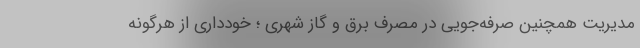
مدیریت همچنین صرفه‌جویی در مصرف برق و گاز شهری ؛ خودداری از هرگونه